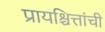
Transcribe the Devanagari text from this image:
प्रायश्चित्तांची